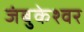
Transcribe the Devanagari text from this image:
जंबुकेश्‍वर